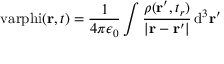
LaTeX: \mathrm { \ v a r p h i } ( \mathbf { r } , t ) = { \frac { 1 } { 4 \pi \epsilon _ { 0 } } } \int { \frac { \rho ( \mathbf { r } ^ { \prime } , t _ { r } ) } { | \mathbf { r } - \mathbf { r } ^ { \prime } | } } \, \mathrm { d } ^ { 3 } \mathbf { r } ^ { \prime }